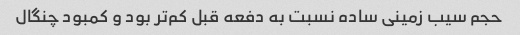
حجم سیب زمینی ساده نسبت به دفعه قبل کم‌تر بود و کمبود چنگال